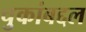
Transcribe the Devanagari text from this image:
चुकांबद्दल